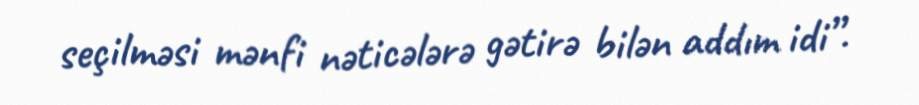
seçilməsi mənfi nəticələrə gətirə bilən addım idi”.